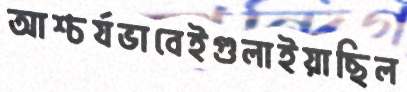
আশ্চর্যভাবেইগুলাইয়াছিল